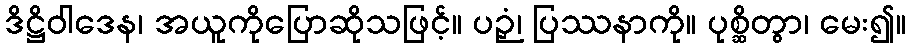
ဒိဋ္ဌိဝါဒေန၊ အယူကိုပြောဆိုသဖြင့်။ ပဉှံ၊ ပြဿနာကို။ ပုစ္ဆိတွာ၊ မေး၍။